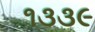
૧૩૩૯